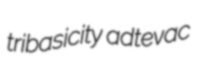
tribasicity adtevac